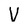
Character: V